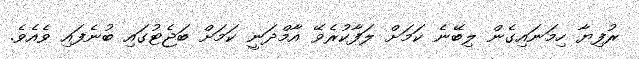
ރުފިޔާ ހިމަނައިގެން ލިބޭނެ ކަމަށް ލަފާކުރެވޭ އާމްދަނީ ކަމަށް ބަޖެޓުގައި ބުނެފައި ވެއެވެ.